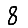
Digit: 8